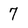
Character: 7